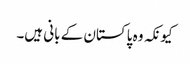
کیونکہ وہ پاکستان کے بانی ہیں۔